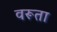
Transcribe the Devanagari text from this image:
वरूता